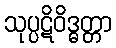
သုပ္ပဋိဝိဒ္ဓတ္တာ